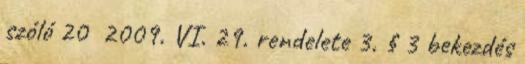
szóló 20 2009. VI. 29. rendelete 3. § 3 bekezdés